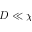
D \ll \chi